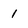
Character: 1